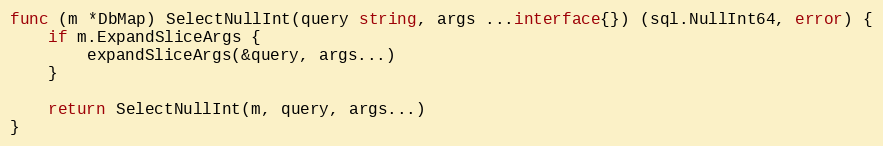
Language: Go
func (m *DbMap) SelectNullInt(query string, args ...interface{}) (sql.NullInt64, error) {
	if m.ExpandSliceArgs {
		expandSliceArgs(&query, args...)
	}

	return SelectNullInt(m, query, args...)
}